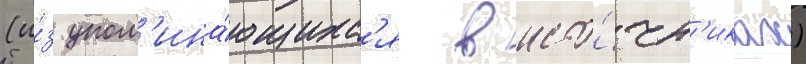
(и́з упом'ина́ющихс'я в исто́чн'иках)